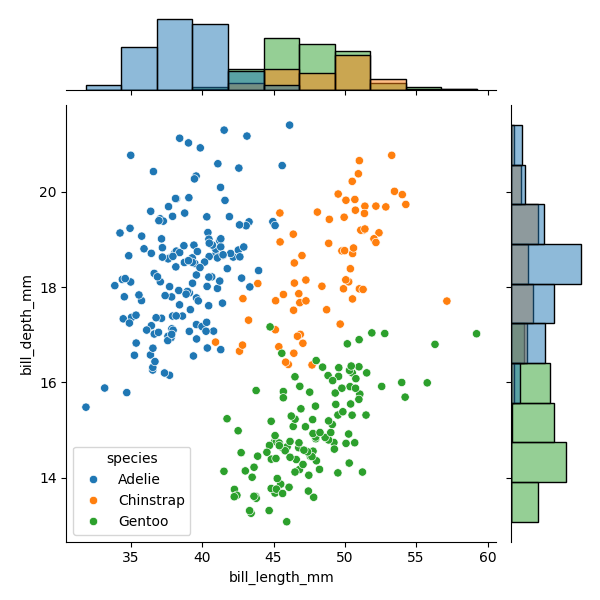
python, seaborn, JointGrid, scatterplot, histplot, hue